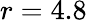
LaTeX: r=4.8